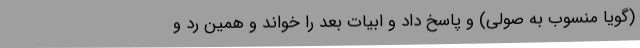
(‌گویا منسوب به صولی) و پاسخ داد و ابیات بعد را خواند و همین رد و